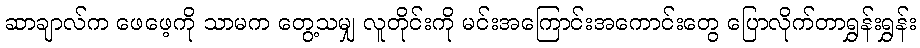
ဆာချာလ်က ဖေဖေ့ကို သာမက တွေ့သမျှ လူတိုင်းကို မင်းအကြောင်းအကောင်းတွေ ပြောလိုက်တာရွှန်းရွှန်း